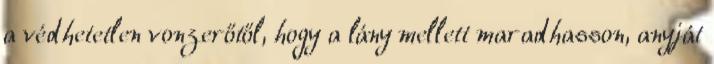
a védhetetlen vonzerőtől, hogy a lány mellett maradhasson, anyját